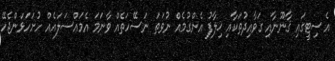
އެސިޓީގައި ޤާނޫނާއި ގަވާއިދުތަކާއި ޚިލާފު އެންގުމެއް ނުވަތަ ނަސޭހަތެއް ވާނަމަ އެމައްސަލައެއް ހުށަހަޅަންޖެހޭ